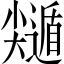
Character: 𡮽